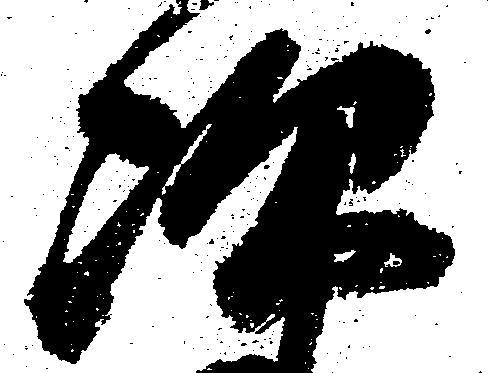
次